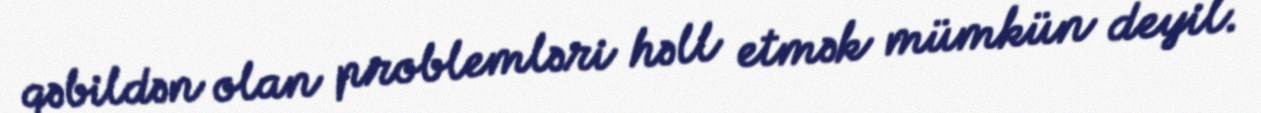
qəbildən olan problemləri həll etmək mümkün deyil.